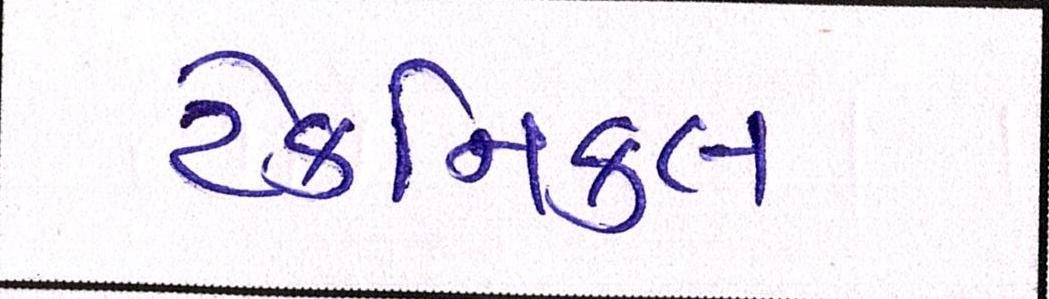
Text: ટેકનિકલ